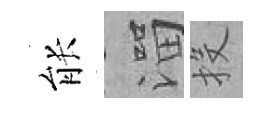
䏻溜投